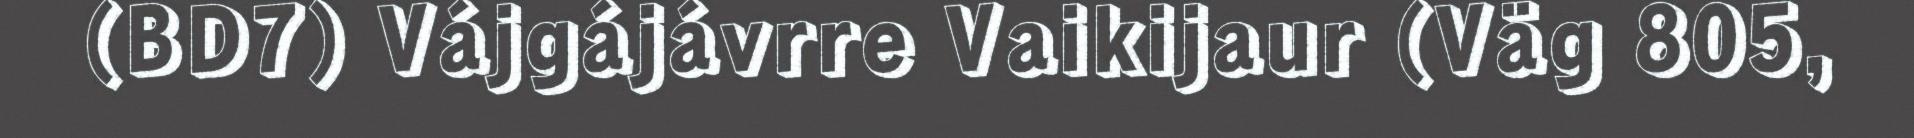
(BD7) Vájgájávrre Vaikijaur (Väg 805,